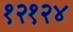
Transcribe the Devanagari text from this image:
१२१२४